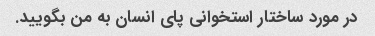
در مورد ساختار استخوانی پای انسان به من بگویید.